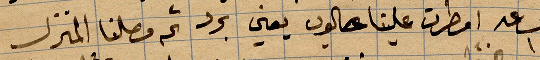
الساعة ١ امطرت علينا ... يعني برد ثم وصلنا المنزل